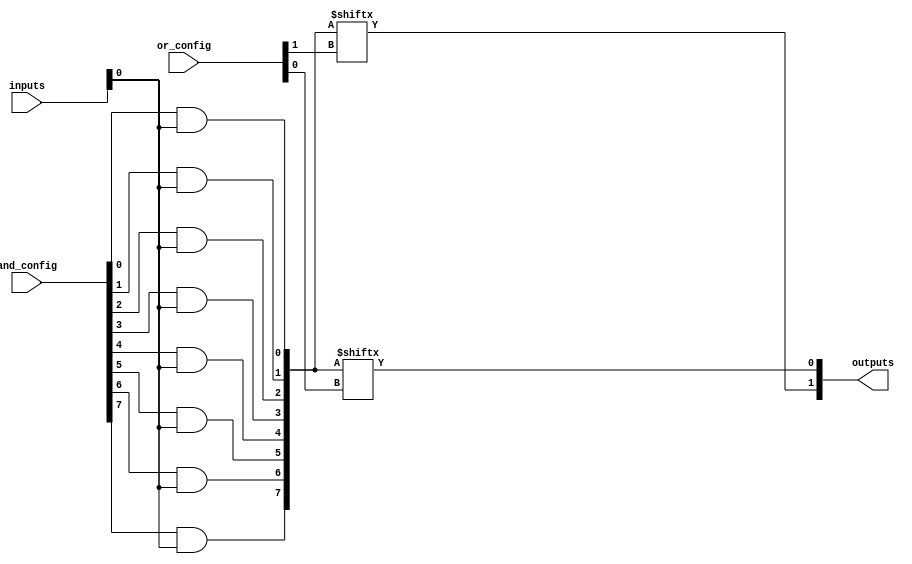
module PLA (
    input wire [N-1:0] inputs,         // Input lines
    input wire [M-1:0] and_config,      // Configuration for AND gates
    input wire [P-1:0] or_config,       // Configuration for OR gates
    output wire [Q-1:0] outputs          // Output lines
);

// Parameters for the number of inputs, AND gates, and outputs
parameter N = 4; // Number of inputs
parameter M = 8; // Number of AND gates
parameter P = 4; // Number of OR gates
parameter Q = 2; // Number of outputs

// Internal wires for product terms from AND gates
wire [M-1:0] product_terms;

// AND Plane
genvar i, j;
generate
    for (i = 0; i < M; i = i + 1) begin : and_plane
        assign product_terms[i] = (and_config[i] & inputs);
    end
endgenerate

// OR Plane
genvar k;
generate
    for (k = 0; k < Q; k = k + 1) begin : or_plane
        assign outputs[k] = |(product_terms[or_config[k]]); // ORing selected product terms
    end
endgenerate

endmodule